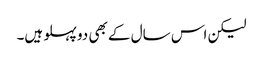
لیکن اس سال کے بھی دو پہلو ہیں۔